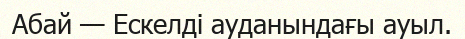
Абай — Ескелді ауданындағы ауыл.